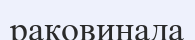
раковинада